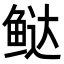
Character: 𬶑